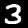
Digit: 3